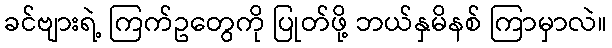
ခင်ဗျားရဲ့ ကြက်ဥတွေကို ပြုတ်ဖို့ ဘယ်နှမိနစ် ကြာမှာလဲ။